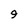
Character: 9